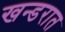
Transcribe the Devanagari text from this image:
खन्डरात